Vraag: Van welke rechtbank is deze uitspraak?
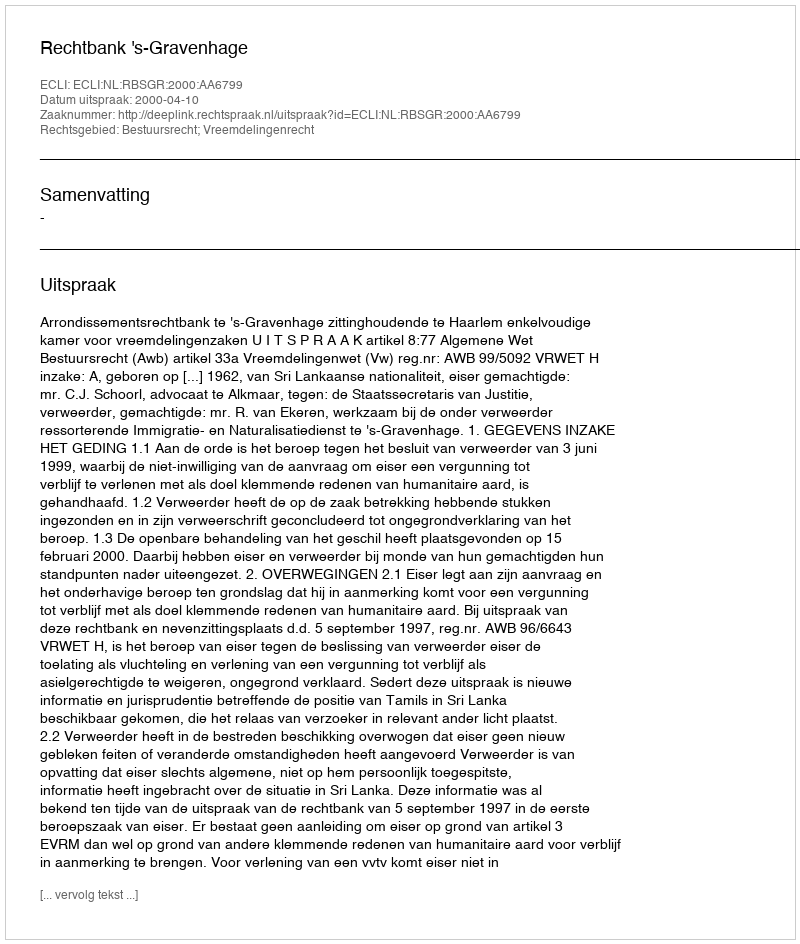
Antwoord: Rechtbank 's-Gravenhage